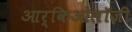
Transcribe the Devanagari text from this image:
आर्किओलॉजी